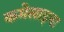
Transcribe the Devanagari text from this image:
कमेलाइना